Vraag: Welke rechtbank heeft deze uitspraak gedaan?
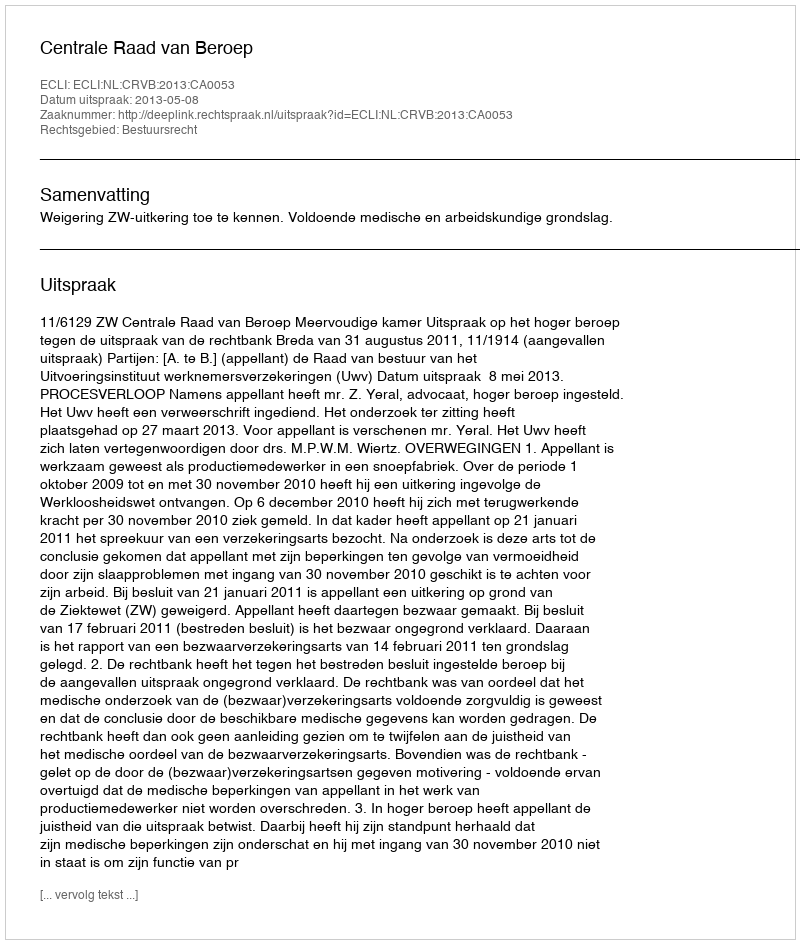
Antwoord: Centrale Raad van Beroep